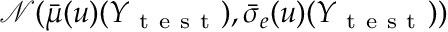
\mathcal { N } ( \bar { \mu } ( u ) ( Y _ { \mathrm { ~ t ~ e ~ s ~ t ~ } } ) , \bar { \sigma } _ { e } ( u ) ( Y _ { \mathrm { ~ t ~ e ~ s ~ t ~ } } ) )